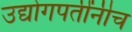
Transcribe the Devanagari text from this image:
उद्योगपतींनीच